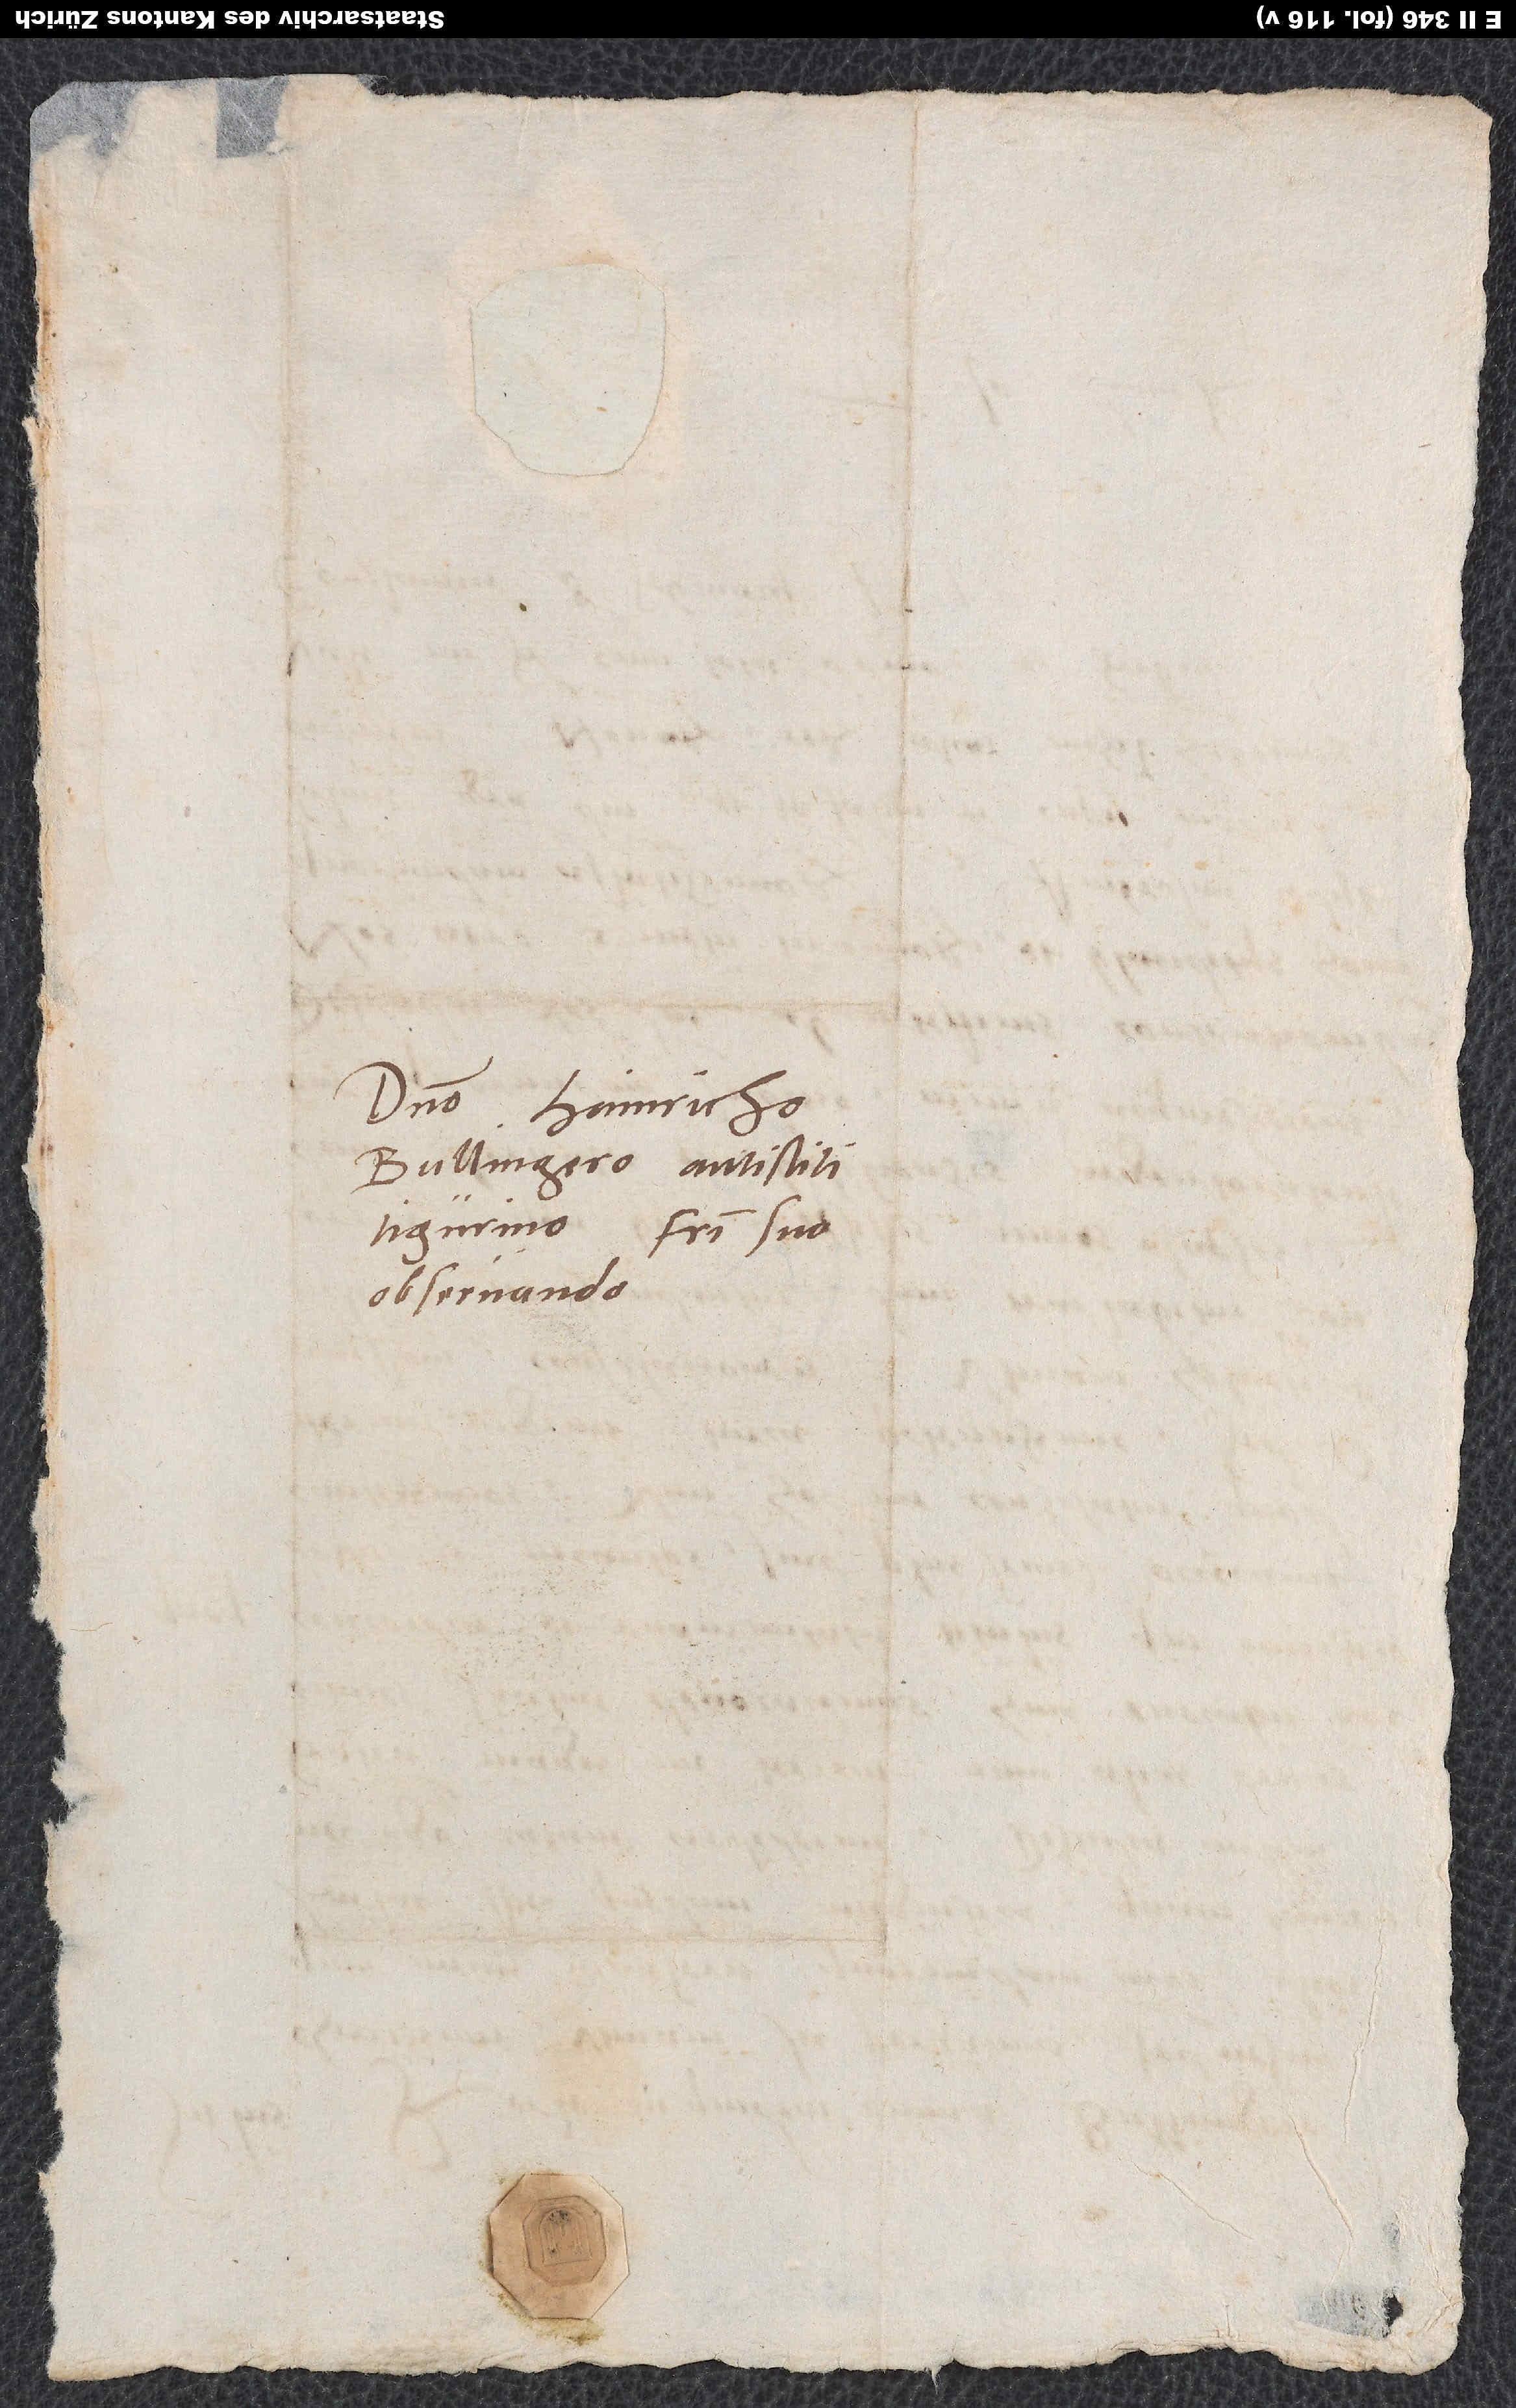
Domino Hainricho
Bullingero, antistiti
Tigurino, fratri suo
observando.